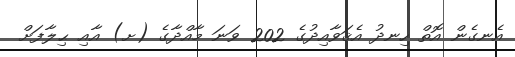
އެނގެން އޮތް ހިނދު އެޤަވާއިދުގެ 202 ވަނަ މާއްދާގެ (ށ) އާއި ޙިލާފަށް